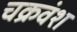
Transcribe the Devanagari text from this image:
चक्रवंश